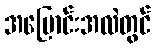
အပြောင်းအလဲတွင်